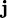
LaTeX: _\mathbf{j}